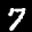
Label: 7